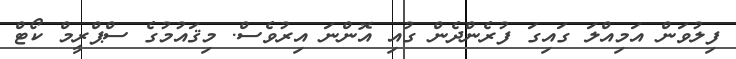
ފިލުވަން އަމިއްލަ ގައިގަ ފުރެންދެން ގުއި އޮންނަ އިރުވެސް. މިޤައުމުގެ ސްޕްރީމް ކޯޓް